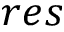
r e s